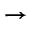
\rightarrow